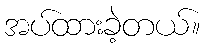
အပ်ထားခဲ့တယ်။